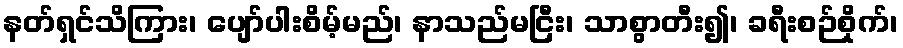
နတ်ရှင်သိကြား၊ ပျော်ပါးစိမ့်မည်၊ နာသည်မငြီး၊ သာစွာတီး၍၊ ခရီးစဉ်စိုက်၊